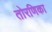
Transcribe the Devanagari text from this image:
तोरणिका